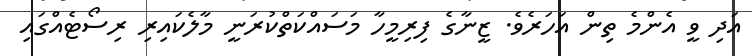
އަދި ވީ އެންމެ ތިން އަހަރެވެ. ޒީނާގެ ފިރިމީހާ މަސައްކަތްކުރަނީ މާލެކައިރި ރިސޯޓެއްގައި